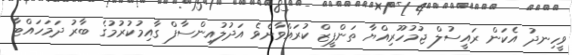
ވީހިނދު އެކަން ރައީސުލް ޖުމުހޫރިއްޔާ ތަންފީޒް ކުރައްވާށެވެ އަދުލުއިންސާފް ގާއިމުކުރުމުގެ ބާރު ދަމަހައްޓާ